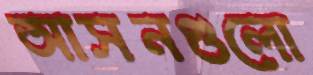
আসনগুলো